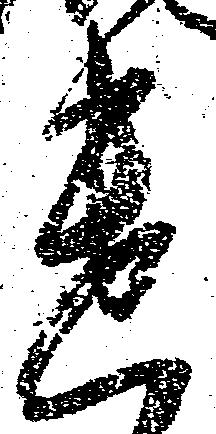
遣